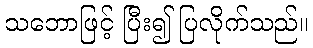
သဘောဖြင့် ပြီး၍ ပြလိုက်သည်။